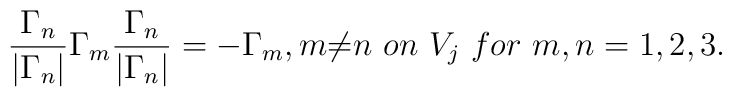
\frac{{\Gamma}_{n}}{|{\Gamma}_{n}|}{\Gamma}_{m} \frac{{\Gamma}_{n}}{|{\Gamma}_{n}|}=-{\Gamma}_{m},m{\neq}n~ on~ V_j~ for~ m,n=1,2,3.